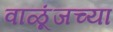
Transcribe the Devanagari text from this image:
वाळूंजच्या